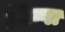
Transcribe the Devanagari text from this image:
मिन्वा